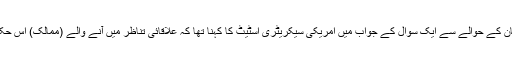
نئی امریکی حکمت میں پاکستان کے حوالے سے ایک سوال کے جواب میں امریکی سیکریٹری اسٹیٹ کا کہنا تھا کہ علاقائی تناظر میں آنے والے (ممالک) اس حکمت عملی میں شامل ہوں گے۔